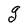
Character: g